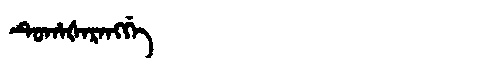
Manchu: ᡨᡠᡥᠠᡧᠠᡵᠠᠩᡤᡝ
Romanization: TUHAŠARANGGE